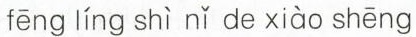
fēng líng shì nǐ de xiào shēng